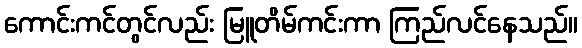
ကောင်းကင်တွင်လည်း မြူတိမ်ကင်းကာ ကြည်လင်နေသည်။